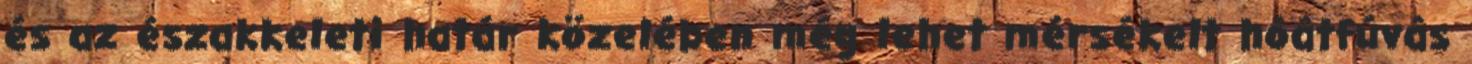
és az északkeleti határ közelében még lehet mérsékelt hóátfúvás